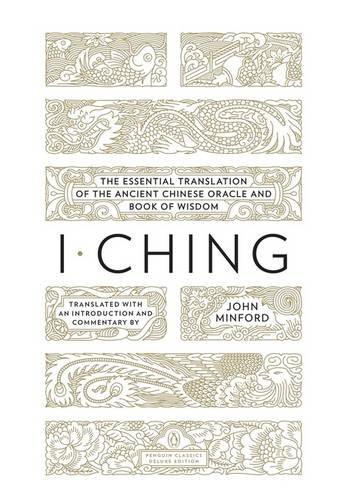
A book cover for I Ching: The Essential Translation of the Ancient Chinese Oracle and Book of Wisdom (Penguin Classics Deluxe Edition); Religion & Spirituality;